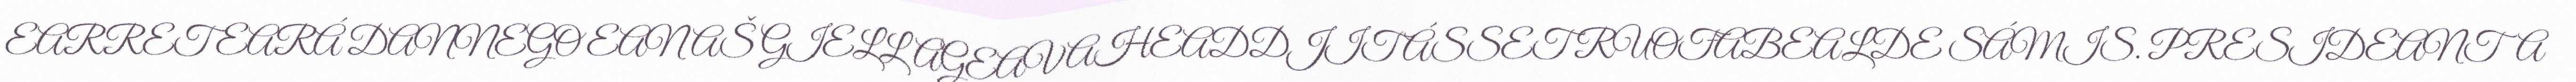
EARRET EARÁ DANNEGO EANAŠ GIELLAGEAVAHEADDJIT ÁSSET RUOŦABEALDE SÁMIS. PRESIDEANTA